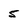
Character: 5